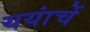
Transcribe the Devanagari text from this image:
ययांचें